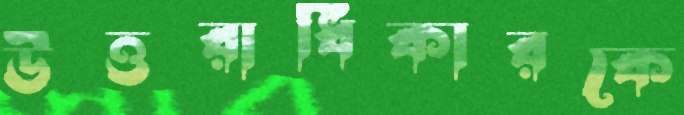
উত্তরাধিকারকে